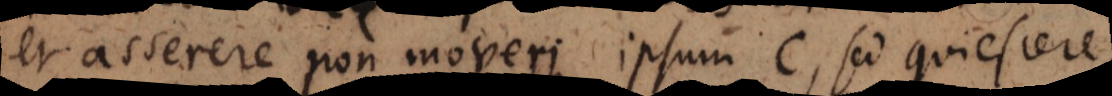
et asserere non moveri ipsum c, sed quiescere,